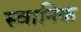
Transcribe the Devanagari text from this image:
स्वानिक